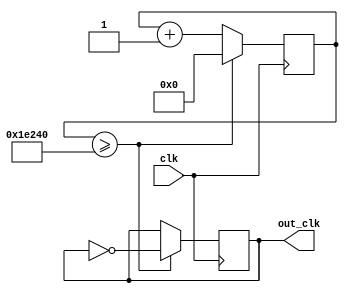
module floating_point_clock_divider (
    input wire clk,
    output wire out_clk
);

reg [31:0] counter;
reg [31:0] divisor = 123456; // example floating point value

// Timing control block
always @(posedge clk) begin
    counter <= counter + 1;
    if (counter >= divisor) begin
        counter <= 0;
        out_clk <= ~out_clk;
    end
end

endmodule